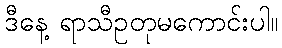
ဒီနေ့ ရာသီဥတုမကောင်းပါ။